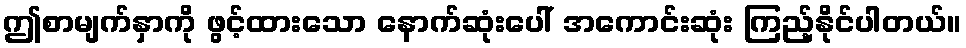
ဤစာမျက်နှာကို ဖွင့်ထားသော နောက်ဆုံးပေါ် အကောင်းဆုံး ကြည့်နိုင်ပါတယ်။